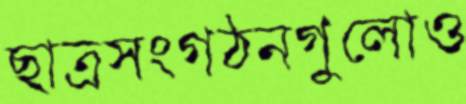
ছাত্রসংগঠনগুলোও